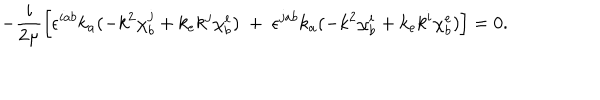
- \frac { i } { 2 \mu } \left[ \epsilon ^ { i a b } k _ { a } ( - k ^ { 2 } \chi _ { b } ^ { j } + k _ { e } k ^ { j } \chi _ { b } ^ { e } ) ~ + ~ \epsilon ^ { j a b } k _ { a } ( - k ^ { 2 } \chi _ { b } ^ { i } + k _ { e } k ^ { i } \chi _ { b } ^ { e } ) \right] = 0 .